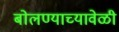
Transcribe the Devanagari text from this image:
बोलण्याच्यावेळी